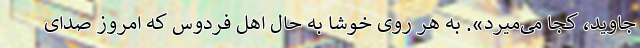
جاوید، کجا می‌میرد». به هر روی خوشا به حال اهل فردوس که امروز صدای